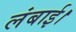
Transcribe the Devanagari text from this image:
लंबाई।